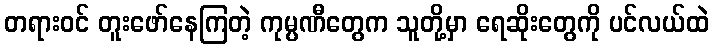
တရားဝင် တူးဖော်နေကြတဲ့ ကုမ္ပဏီတွေက သူတို့မှာ ရေဆိုးတွေကို ပင်လယ်ထဲ